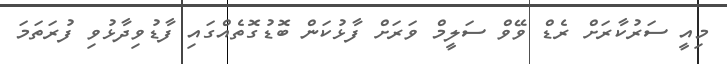
މިއީ ސަރުކާރަށް ރެޑް ވޭވް ސަލީމް ވަރަށް ފާޅުކަން ބޮޑުގޮތެއްގައި ފާޑުވިދާޅުވި ފުރަތަމަ